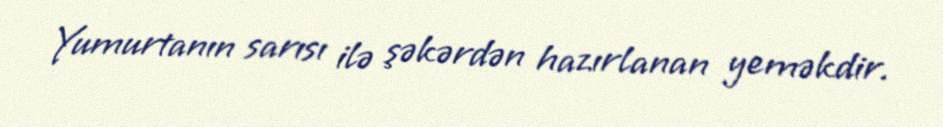
Yumurtanın sarısı ilə şəkərdən hazırlanan yeməkdir.